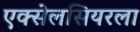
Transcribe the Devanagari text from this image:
एक्सेलसियरला